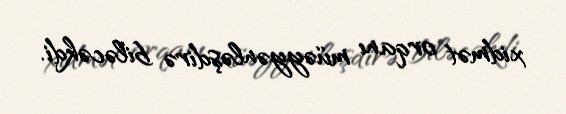
xidmət orqanı müəyyənləşdirə biləcəkdi.